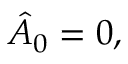
\hat { A } _ { 0 } = 0 ,